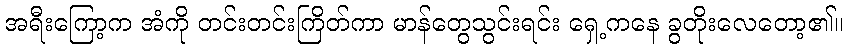
အရီးကြော့က အံကို တင်းတင်းကြိတ်ကာ မာန်တွေသွင်းရင်း ရှေ့ကနေ ခွတိုးလေတော့၏။